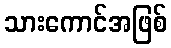
သားကောင်အဖြစ်